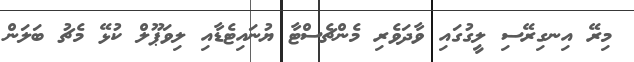
މިރޭ އިނގިރޭސި ލީގުގައި ވާދަވެރި މެންޗެސްޓާ ޔުނައިޓެޑާއި ލިވަޕޫލް ކުޅޭ މެޗު ބަލަން